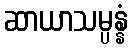
ဆာယာသမ္ပန္နံ